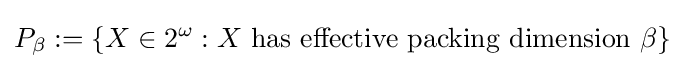
P_{\beta }:=\{X\in 2^{\omega }:X\ \mathrm {has\ effective\ packing\ dimension\ } \beta \}